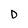
Character: D